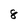
Character: 8